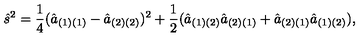
{ \hat { s } } ^ { 2 } = { \frac { 1 } { 4 } } ( { \hat { a } } _ { ( 1 ) ( 1 ) } - { \hat { a } } _ { ( 2 ) ( 2 ) } ) ^ { 2 } + { \frac { 1 } { 2 } } ( { \hat { a } } _ { ( 1 ) ( 2 ) } { \hat { a } } _ { ( 2 ) ( 1 ) } + { \hat { a } } _ { ( 2 ) ( 1 ) } { \hat { a } } _ { ( 1 ) ( 2 ) } ) ,